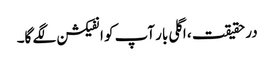
در حقیقت ، اگلی بار آپ کو انفیکشن لگے گا۔